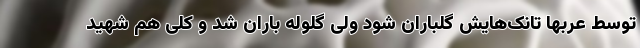
توسط عربها تانک‌هایش گلباران شود ولی گلوله باران شد و کلی هم شهید